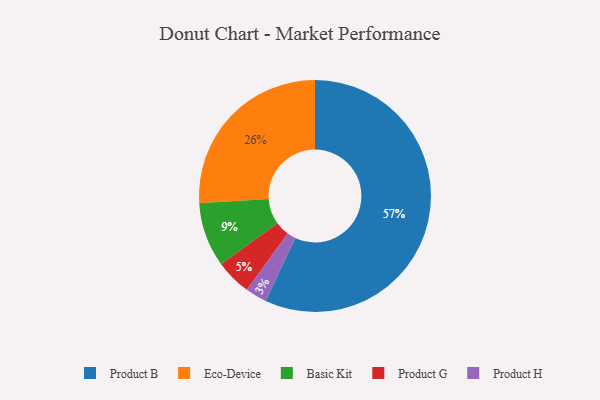
{"axis": {"x": "Category", "y": "Percentage"}, "legend": ["Basic Kit", "Eco-Device", "Product B", "Product G", "Product H"], "data": [{"x": "Product B", "y": 57, "type": "Product B"}, {"x": "Eco-Device", "y": 26, "type": "Eco-Device"}, {"x": "Basic Kit", "y": 9, "type": "Basic Kit"}, {"x": "Product G", "y": 5, "type": "Product G"}, {"x": "Product H", "y": 3, "type": "Product H"}]}